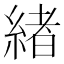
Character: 緖